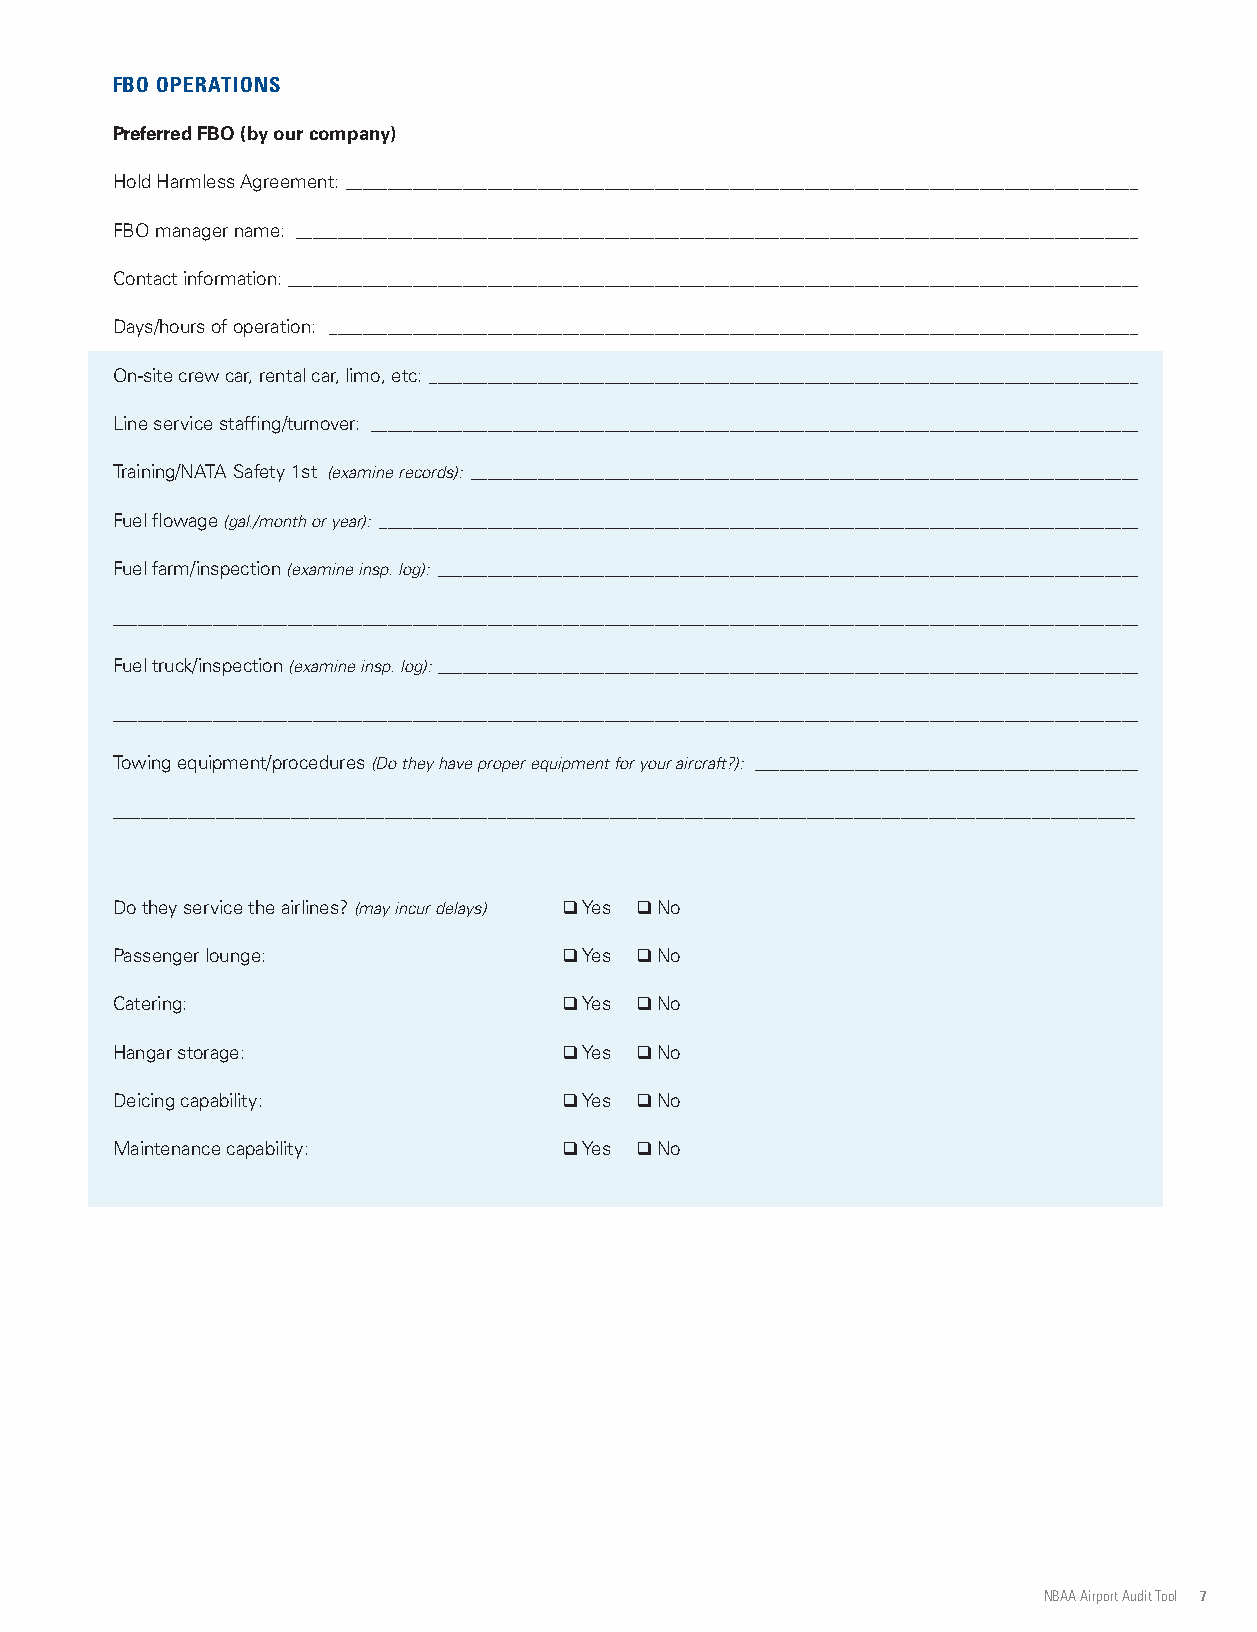
FBO OPERATIONS
 Preferred FBO (by our company)
 Hold Harmless Agreement: _______________________________________________________________________________________________
 FBO manager name: _____________________________________________________________________________________________________
 Contact information: ______________________________________________________________________________________________________
 Days/hours of operation: _________________________________________________________________________________________________
 On-site crew car, rental car, limo, etc: _____________________________________________________________________________________
 Line service staffing/turnover: ____________________________________________________________________________________________
 Training/NATA Safety 1st (examine records): ________________________________________________________________________________
 Fuel flowage (gal./month or year): ___________________________________________________________________________________________
 Fuel farm/inspection (examine insp. log): ____________________________________________________________________________________
 ___________________________________________________________________________________________________________________________
 Fuel truck/inspection (examine insp. log): ____________________________________________________________________________________
 ___________________________________________________________________________________________________________________________
 Towing equipment/procedures (Do they have proper equipment for your aircraft?): ______________________________________________
 _____________________________________________________________________________________________________________
 Do they service the airlines? (may incur delays) q Yes q No
 Passenger lounge:             q Yes q No
 Catering:                     q Yes q No
 Hangar storage:               q Yes q No
 Deicing capability:           q Yes q No
 Maintenance capability:       q Yes q No
 NBAA Airport Audit Tool 7
 PIHSREBMEM
 AABN